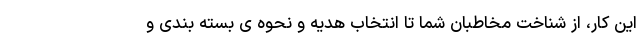
این کار، از شناخت مخاطبان شما تا انتخاب هدیه و نحوه ی بسته بندی و